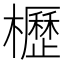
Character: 櫪